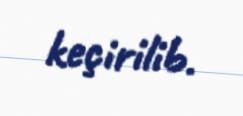
keçirilib.